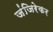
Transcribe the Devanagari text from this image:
जंजिरेकर